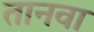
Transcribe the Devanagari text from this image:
तानवा